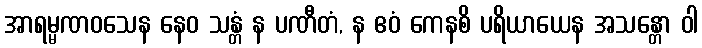
အာရမ္မဏဝသေန နေဝ သန္တံ န ပဏီတံ, န ဧဝံ ကေနစိ ပရိယာယေန အသန္တော ဝါ